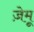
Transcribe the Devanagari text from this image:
ज़ेमू